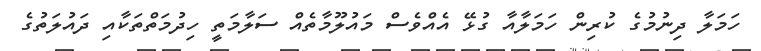
ހަމަލާ ދިނުމުގެ ކުރިން ހަމަލާއާ ގުޅޭ އެއްވެސް މައުލޫމާތެއް ސަލާމަތީ ހިދުމަތްތަކާއި ދައުލަތުގެ